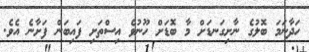
ހަދާނަމަ ބޮލުގެ ނާށިގަނޑަށް މާ ބޮޑަށް ހޫނުވެ އިސްތަށި ފައިބަން ފަށާނެ އެވެ.